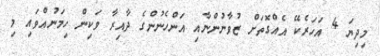
މިދިޔަ 4 އަހަރެކޭ އެއްގޮތަށް ޒުވާނުންނާއި އަންހެނުންގެ ދާއިރާ ވަކިން ހިމަނުއްވައި މި